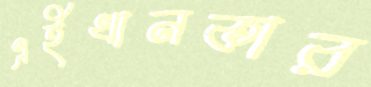
এইখানকার